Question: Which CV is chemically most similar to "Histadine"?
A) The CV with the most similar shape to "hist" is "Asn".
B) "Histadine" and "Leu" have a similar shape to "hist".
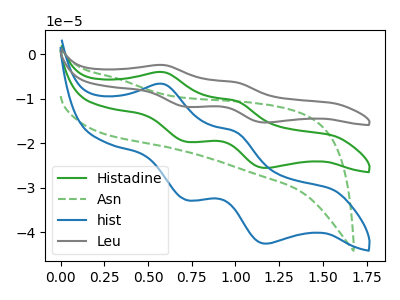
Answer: <think>The green curve "Histadine" has anodic peaks at (0.60V, -4.00uA) (1.00V, -10.45uA) and cathodic peaks at (0.70V, -19.65uA) (1.15V, -25.55uA). The green dashed curve "Asn" has no peaks. The blue curve "hist" has anodic peaks at (0.60V, -6.70uA) (1.00V, -17.45uA) and cathodic peaks at (0.70V, -32.75uA) (1.15V, -42.55uA). The gray curve "Leu" has anodic peaks at (0.60V, -8.00uA) (1.00V, -20.95uA) and cathodic peaks at (0.70V, -39.30uA) (1.15V, -51.10uA).
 "Histadine" and "Asn" have a different number of peaks. All the peaks in "Histadine" have a peak in "hist" at the same potential. All the peaks in "Histadine" have a peak in "Leu" at the same potential. "Asn" and "hist" have a different number of peaks. "Asn" and "Leu" have a different number of peaks. All the peaks in "hist" have a peak in "Leu" at the same potential.</think>
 <answer>B) "Histadine" and "Leu" have a similar shape to "hist".</answer>
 <eval>B</eval>